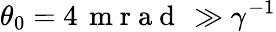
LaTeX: \theta_{0}=4\, \mathrm{~m~r~a~d~}\, \gg\gamma^{-1}